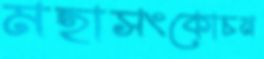
মহাসংকোচন